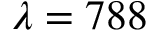
\lambda = 7 8 8